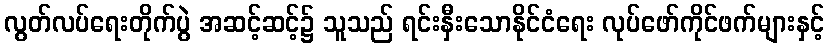
လွတ်လပ်ရေးတိုက်ပွဲ အဆင့်ဆင့်၌ သူသည် ရင်းနှီးသောနိုင်ငံရေး လုပ်ဖော်ကိုင်ဖက်များနှင့်